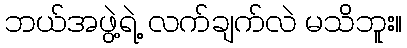
ဘယ်အဖွဲ့ရဲ့ လက်ချက်လဲ မသိဘူး။